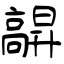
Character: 髜